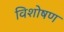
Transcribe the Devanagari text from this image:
विशोषण